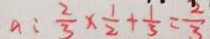
a : \frac { 2 } { 3 } \times \frac { 1 } { 2 } + \frac { 1 } { 3 } = \frac { 2 } { 3 }